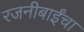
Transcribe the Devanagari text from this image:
रजनीबाईंचा